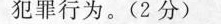
犯罪行为。（2分）